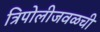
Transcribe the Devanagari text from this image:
त्रिपोलीजवळची